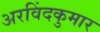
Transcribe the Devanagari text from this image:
अरविंदकुमार